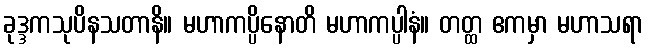
ခုဒ္ဒကသုပိနသတာနိ။ မဟာကပ္ပိနောတိ မဟာကပ္ပါနံ။ တတ္ထ ဧကမှာ မဟာသရာ